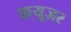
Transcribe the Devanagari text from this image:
फ़्यूज़र